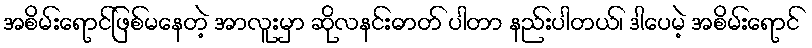
အစိမ်းရောင်ဖြစ်မနေတဲ့ အာလူးမှာ ဆိုလနင်းဓာတ် ပါတာ နည်းပါတယ်၊ ဒါပေမဲ့ အစိမ်းရောင်